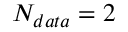
N _ { d a t a } = 2